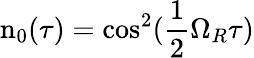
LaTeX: \textrm{n}_{0}(\tau)=\textrm{cos}^{2}(\frac{1}{2}\Omega_{R}\tau)